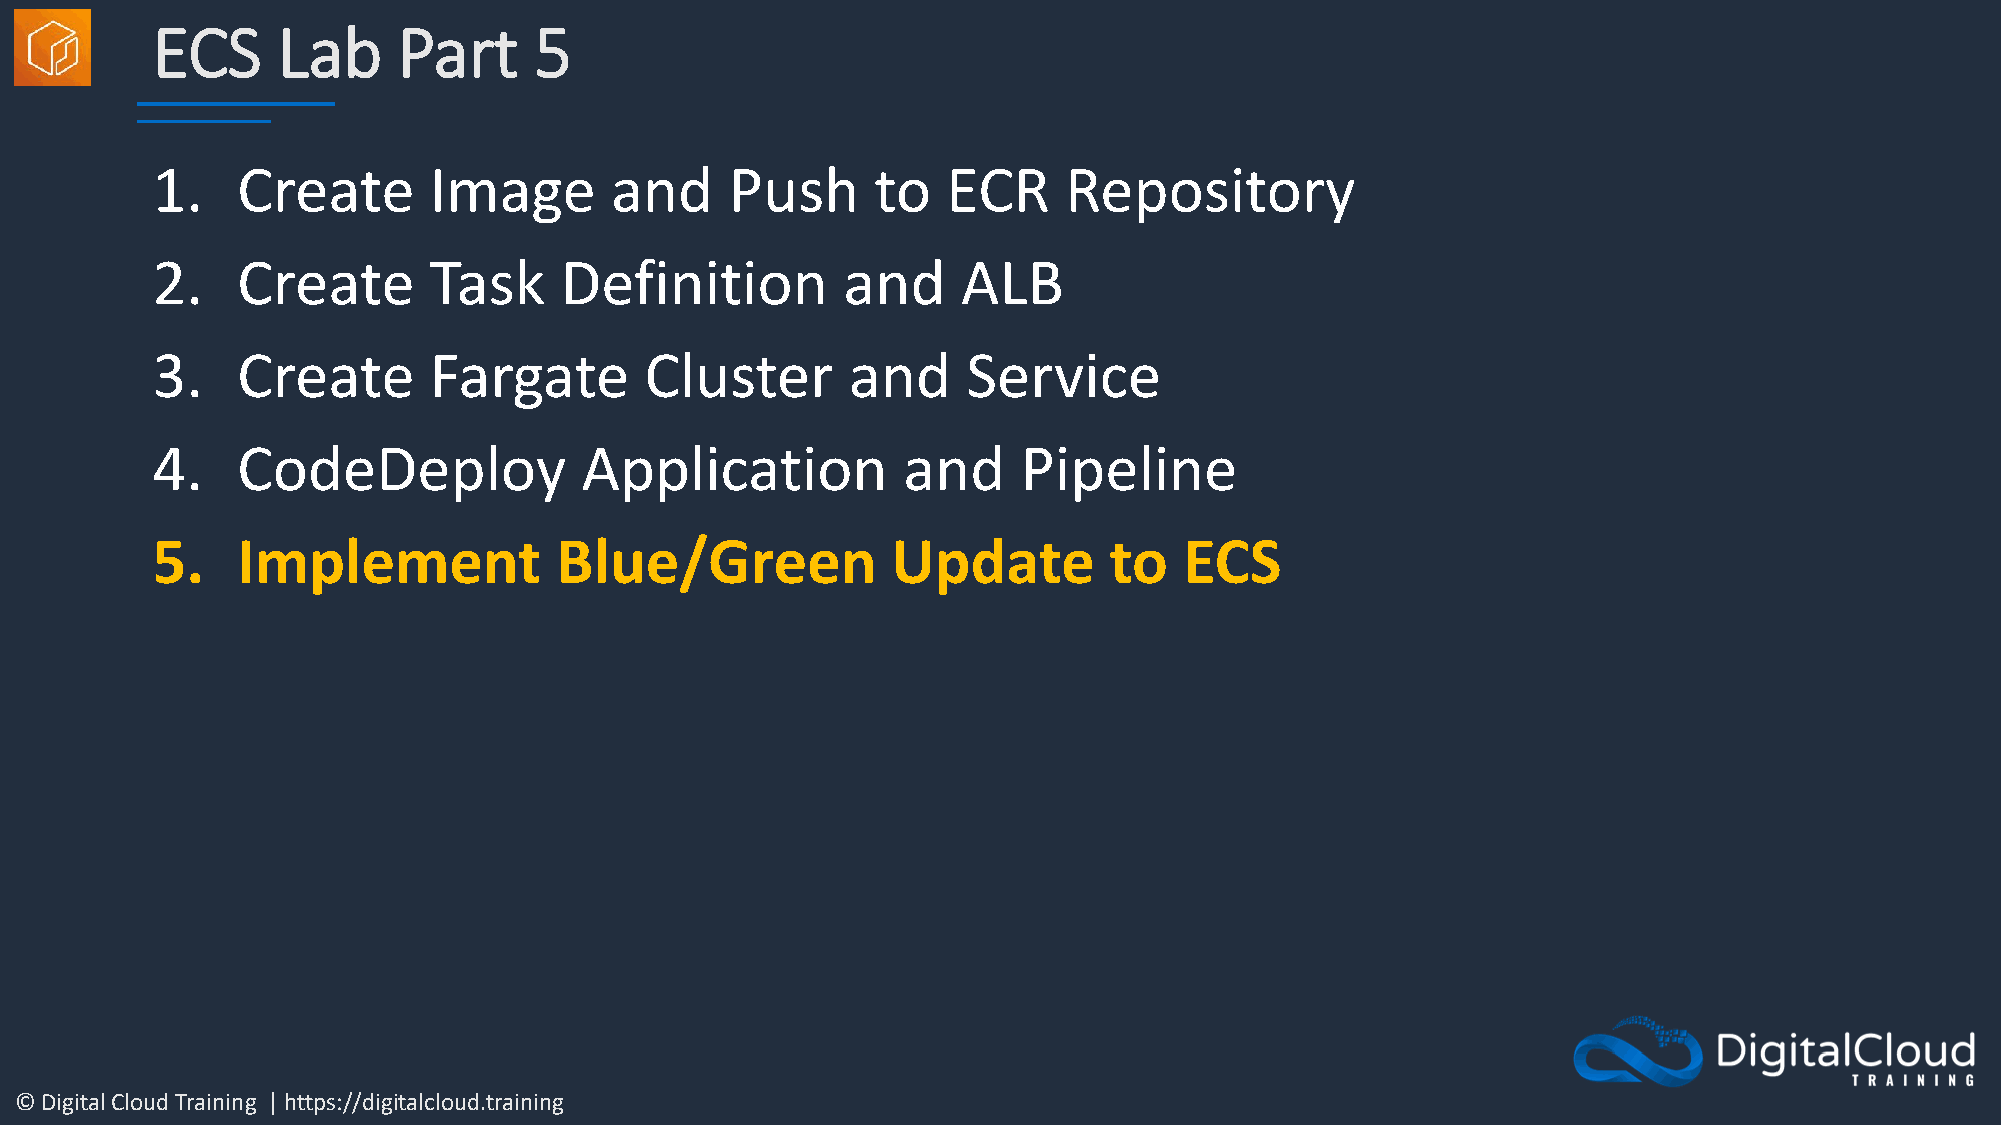
ECS     Lab     Part     5
 1.    Create      Image       and     Push      to   ECR    Repository
 2.    Create      Task     Definition         and     ALB
 3.    Create      Fargate        Cluster      and     Service
 4.    CodeDeploy            Application           and     Pipeline
 5.    Implement            Blue/Green            Update        to   ECS
 © Digital Cloud Training | https://digitalcloud.training